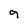
Character: 9